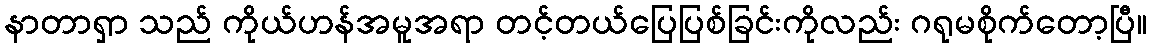
နာတာရှာ သည် ကိုယ်ဟန်အမူအရာ တင့်တယ်ပြေပြစ်ခြင်းကိုလည်း ဂရုမစိုက်တော့ပြီ။